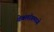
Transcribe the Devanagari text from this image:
वेबलॉगमध्ये